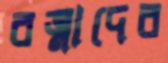
রত্নাদের